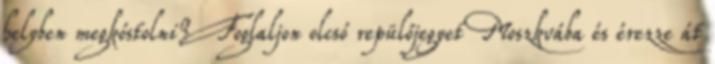
helyben megkóstolni? Foglaljon olcsó repülőjegyet Moszkvába és érezze át